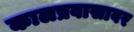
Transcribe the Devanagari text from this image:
कालप्रवासावर